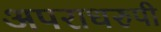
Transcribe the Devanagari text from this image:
अपराधरुपी